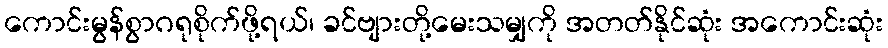
ကောင်းမွန်စွာဂရုစိုက်ဖို့ရယ်၊ ခင်ဗျားတို့မေးသမျှကို အတတ်နိုင်ဆုံး အကောင်းဆုံး